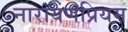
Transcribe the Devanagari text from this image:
नारायणप्रियम